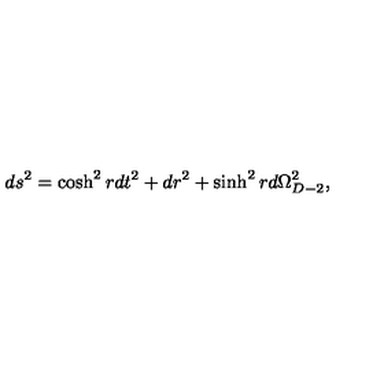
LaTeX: d s ^ { 2 } = \cosh ^ { 2 } r d t ^ { 2 } + d r ^ { 2 } + \sinh ^ { 2 } r d \Omega _ { D - 2 } ^ { 2 } ,